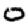
Digit: 0